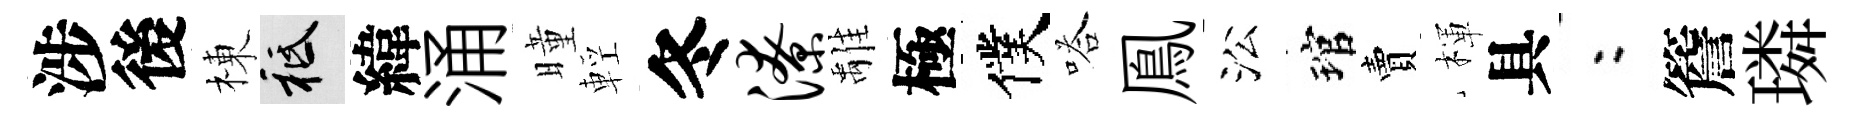
涉後棟祇緯涌曈輕冬潦𩀌極僕嗒鳯㳂琯賣楎具欸簷璘